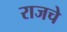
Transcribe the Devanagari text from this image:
राजचे